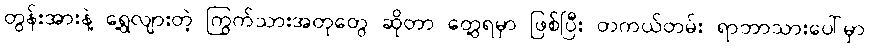
တွန်းအားနဲ့ ရွေ့လျားတဲ့ ကြွက်သားအတုတွေ ဆိုတာ တွေ့ရမှာ ဖြစ်ပြီး တကယ်တမ်း ရာဘာသားပေါ်မှာ